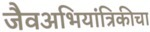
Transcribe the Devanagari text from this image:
जैवअभियांत्रिकीचा